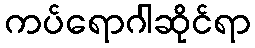
ကပ်ရောဂါဆိုင်ရာ